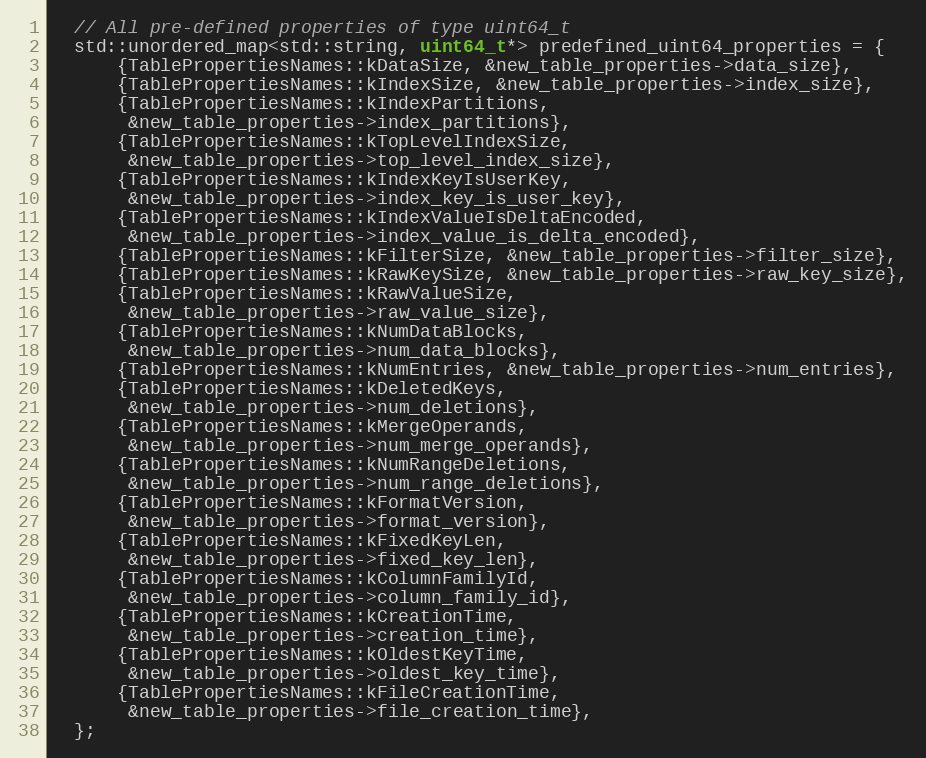
Language: C++
  // All pre-defined properties of type uint64_t
  std::unordered_map<std::string, uint64_t*> predefined_uint64_properties = {
      {TablePropertiesNames::kDataSize, &new_table_properties->data_size},
      {TablePropertiesNames::kIndexSize, &new_table_properties->index_size},
      {TablePropertiesNames::kIndexPartitions,
       &new_table_properties->index_partitions},
      {TablePropertiesNames::kTopLevelIndexSize,
       &new_table_properties->top_level_index_size},
      {TablePropertiesNames::kIndexKeyIsUserKey,
       &new_table_properties->index_key_is_user_key},
      {TablePropertiesNames::kIndexValueIsDeltaEncoded,
       &new_table_properties->index_value_is_delta_encoded},
      {TablePropertiesNames::kFilterSize, &new_table_properties->filter_size},
      {TablePropertiesNames::kRawKeySize, &new_table_properties->raw_key_size},
      {TablePropertiesNames::kRawValueSize,
       &new_table_properties->raw_value_size},
      {TablePropertiesNames::kNumDataBlocks,
       &new_table_properties->num_data_blocks},
      {TablePropertiesNames::kNumEntries, &new_table_properties->num_entries},
      {TablePropertiesNames::kDeletedKeys,
       &new_table_properties->num_deletions},
      {TablePropertiesNames::kMergeOperands,
       &new_table_properties->num_merge_operands},
      {TablePropertiesNames::kNumRangeDeletions,
       &new_table_properties->num_range_deletions},
      {TablePropertiesNames::kFormatVersion,
       &new_table_properties->format_version},
      {TablePropertiesNames::kFixedKeyLen,
       &new_table_properties->fixed_key_len},
      {TablePropertiesNames::kColumnFamilyId,
       &new_table_properties->column_family_id},
      {TablePropertiesNames::kCreationTime,
       &new_table_properties->creation_time},
      {TablePropertiesNames::kOldestKeyTime,
       &new_table_properties->oldest_key_time},
      {TablePropertiesNames::kFileCreationTime,
       &new_table_properties->file_creation_time},
  };